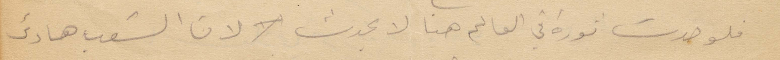
فلو حدث ثورة في العالم هنا لا يحدث لان الشعب هادئ